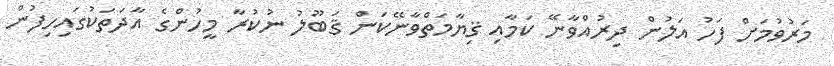
މަރުވުމަށް ފަހު އަލުން ދިރުއްވާނޭ ކަމާއި ޤިޔާމަތްވާނޭކަން ޤަބޫލު ނުކުރާ މީހުންގެ އާދަތަކުގައިހިފުން